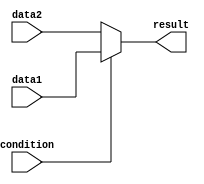
module conditional_assignment (
    input wire condition,
    input wire [7:0] data1,
    input wire [7:0] data2,
    output reg [7:0] result
);

always @(*) begin
    if (condition == 1'b1) begin
        result = data1;
    end else begin
        result = data2;
    end
end

endmodule